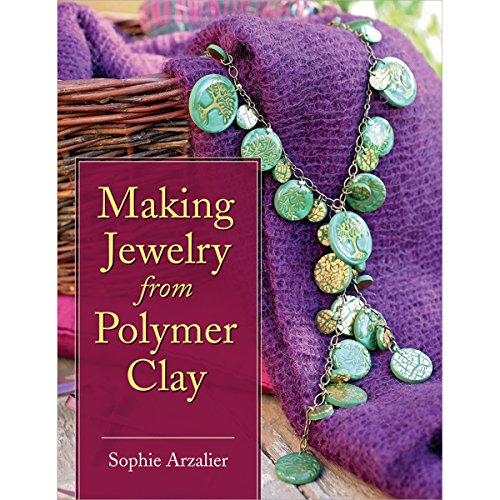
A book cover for Making Jewelry from Polymer Clay; Sophie Arzalier; Crafts, Hobbies & Home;